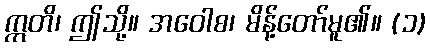
ဣတိ၊ ဤသို့။ အဝေါစ၊ မိန့်တော်မူ၏။ (၁)